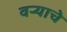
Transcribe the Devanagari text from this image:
वऱ्याचे